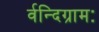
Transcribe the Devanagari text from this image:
र्वन्दिग्रामः